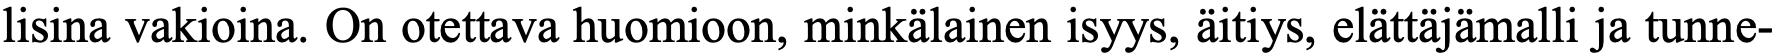
lisina vakioina. On otettava huomioon, minkälainen isyys, äitiys, elättäjämalli ja tunne-